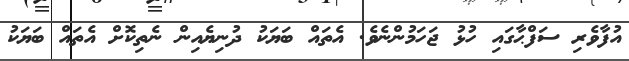
އުފާވެރި ސަފްޙާގައި ހުޅު ޖަހަމުންނެވެ. އެތައް ބަޔަކު ދުނިޔެއިން ނެތިކޮށް އެތައް ބަޔަކު